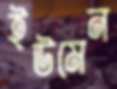
ইউমেন